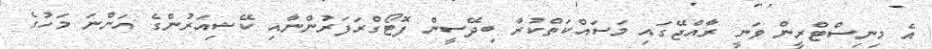
އެ މިނިސްޓްރީން ވަނީ ރާއްޖޭގައި މަސައްކަތްކުރާ ބިދޭސީން ފޮޓޯގްރަފަރުންނާއި ކޭޝިއަރުންގެ އަންނަ މަހުގެ